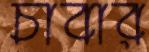
চাবার